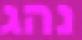
נהג